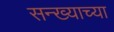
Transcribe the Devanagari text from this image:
सन्ख्याच्या